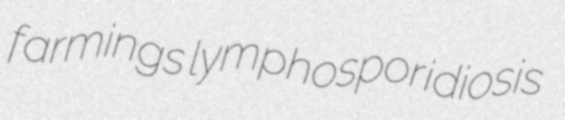
farmings lymphosporidiosis